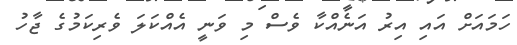
ހަމައަށް އައި އިރު އަނެއްކާ ވެސް މި ވަނީ އެއްކަލަ ވެރިކަމުގެ ޖާހު